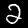
Digit: 2